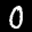
Label: 0